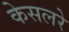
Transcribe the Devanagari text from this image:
केसलरे